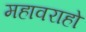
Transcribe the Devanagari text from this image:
महावराहो